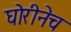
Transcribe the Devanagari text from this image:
घोरीनेच